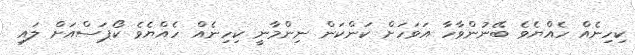
ކިހިނެއް ހެއްޔެވެ ބޭނުންވާހާ އަވަހަށް ކަންކަން ނިންމާނީ ކިހިނެއް ހެއްޔެވެ ކޯޕަސްއަށް ލައި